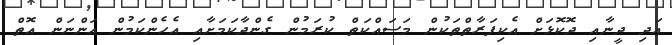
އަދި ދީނާއި ދޮކޮޅަށް އެކިފަރާތްތަކުން މަސައްކަތް ކުރަމުން ގެންދާކަމަށާއި އެހެންކަމުން އަންނަން އޮތް